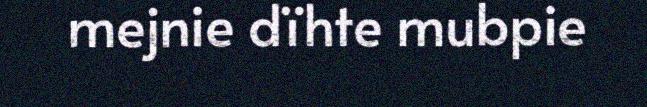
mejnie dïhte mubpie